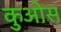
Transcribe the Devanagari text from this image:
कुओस